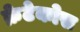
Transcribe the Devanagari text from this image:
क्रेटेकोस